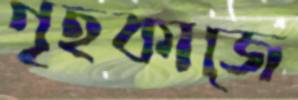
গৃহকাজে